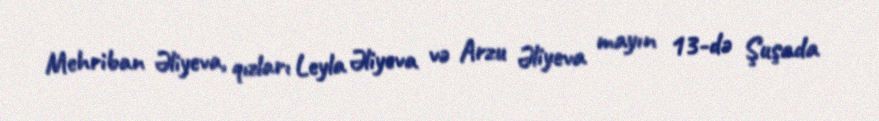
Mehriban Əliyeva, qızları Leyla Əliyeva və Arzu Əliyeva mayın 13-də Şuşada